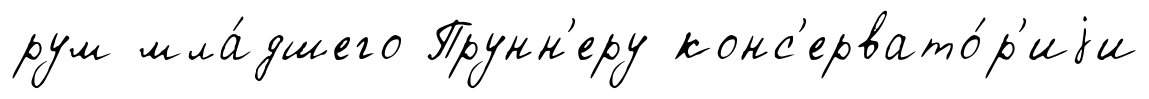
рум мла́дшего Прунн'еру конс'ервато́р'иjи